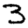
Digit: 3